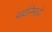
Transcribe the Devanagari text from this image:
प्रार्थनेमध्ये